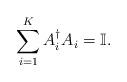
LaTeX: \begin{align*}\sum_{i=1}^K A_i^{\dagger} A_i = \mathbb{I}.\end{align*}